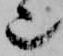
也